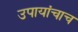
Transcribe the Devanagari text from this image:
उपायांचाच